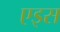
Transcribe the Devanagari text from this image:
एइस